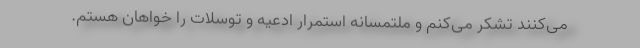
می‌کنند تشکر می‌کنم و ملتمسانه استمرار ادعیه و توسلات را خواهان هستم.